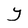
Character: Y